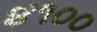
૪૧૦૦